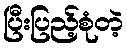
ပြီးပြည့်စုံတဲ့